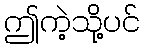
ဤကဲ့သို့ပင်